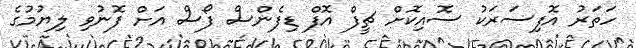
ހަތަރު އޮފިސަރަކު ސޮއިކޮށް ޗީފް އޮފް ޑިފެންސް ފޯސް އަށް ފޮނުވި ލިޔުމުގެ